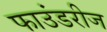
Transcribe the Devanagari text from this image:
फाउंडरीज